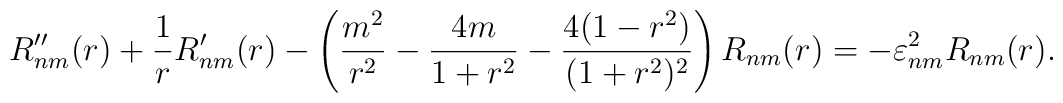
R_{nm}''(r) + \frac{1}{r}R_{nm}'(r) -	\left(\frac{m^2}{r^2}-\frac{4m}{1+r^2}-	\frac{4(1-r^2)}{(1+r^2)^2} \right) R_{nm}(r) =	-\varepsilon^2_{nm}R_{nm}(r).